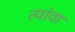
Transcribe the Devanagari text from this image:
त्यांवा